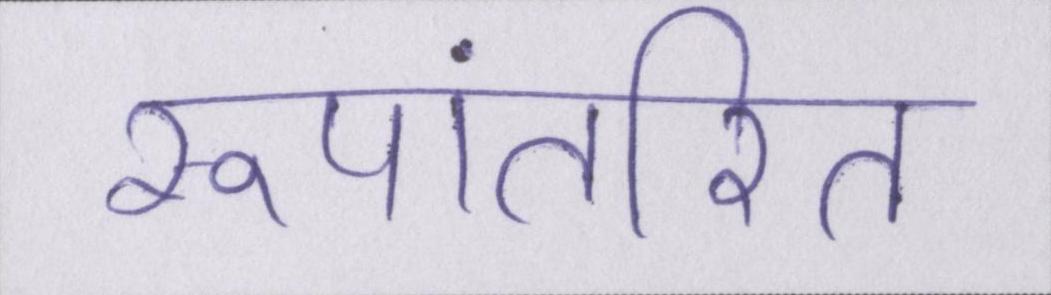
रूपांतरित